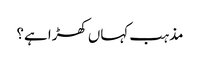
مذہب کہاں کھڑا ہے؟